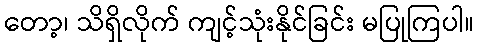
တော့၊ သိရှိလိုက် ကျင့်သုံးနိုင်ခြင်း မပြုကြပါ။